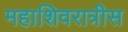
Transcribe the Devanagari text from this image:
महाशिवरात्रीस